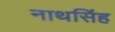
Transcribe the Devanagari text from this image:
नाथसिंह